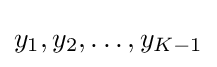
y_{1},y_{2},\ldots ,y_{K-1}